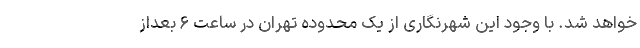
خواهد شد. با وجود این شهرنگاری از یک محدوده تهران در ساعت ۶ بعداز